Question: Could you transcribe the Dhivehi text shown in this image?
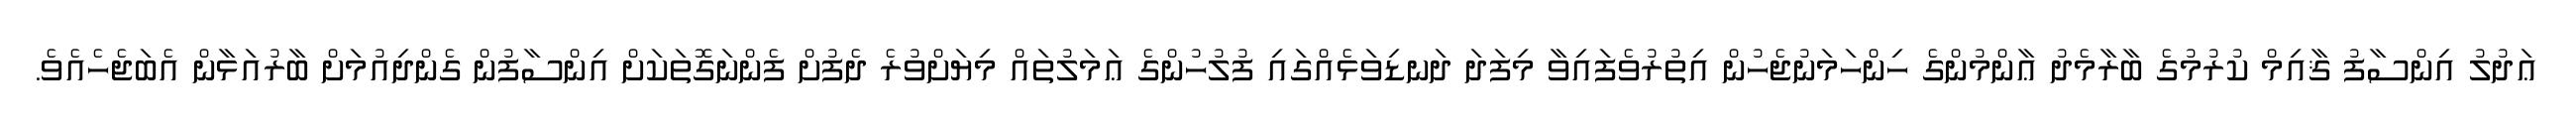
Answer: ޢަދުލު އިންސާފު ޤާއިމް ކުރުމުގެ ބާރާމެދު ޢާންމުންގެ ހިންހަމަނުޖެހުން އިތުރުވެފައިވާ މިފަދަ ދަނޑިވަޅެއްގައި ފުލުހުންގެ ޢަމަލުތައް މިޔަށްވުރެ ދެފުށް ފެންނަގޮތަކަށް އިންސާފުން ގެންދިއުމަށް ބާރުއަޅާން އެބަޖެހެއެވެ.